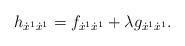
LaTeX: \begin{align*}h_{\dot{x}^{1}\dot{x}^{1}}=f_{\dot{x}^1\dot{x}^{1}}+\lambda g_{\dot{x}^{1}\dot{x}^{1}}.\end{align*}